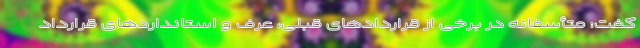
گفت: متأسفانه در برخی از قراردادهای قبلی، عرف و استانداردهای قرارداد